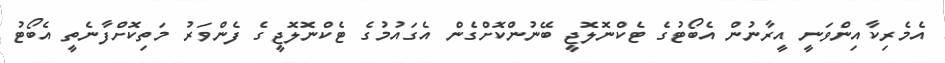
އެމެރިކާއިންވަނީ އީރާނުން އެބޯޓުގެ ޓެކްނޮލޮޖީ ބޭނުންކޮށްގެން އެގައުމުގެ ޓެކްނޮލޮޖީގެ ފެންވަރު މަތިކޮށްފާނެތީ އެބޯޓު